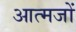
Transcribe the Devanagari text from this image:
आत्मजों